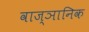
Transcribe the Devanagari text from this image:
वाज्ञानिक